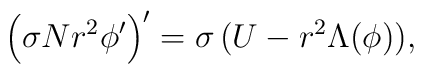
\left( \sigma Nr^{2}\phi ^{\prime }\right) ^{\prime}=\sigma\, (U-r^2\Lambda(\phi)),